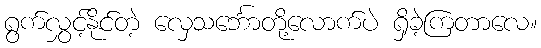
ရွက်လွှင့်နိုင်တဲ့ လှေသင်္ဘောတို့လောက်ပဲ ရှိခဲ့ကြတာလေ။